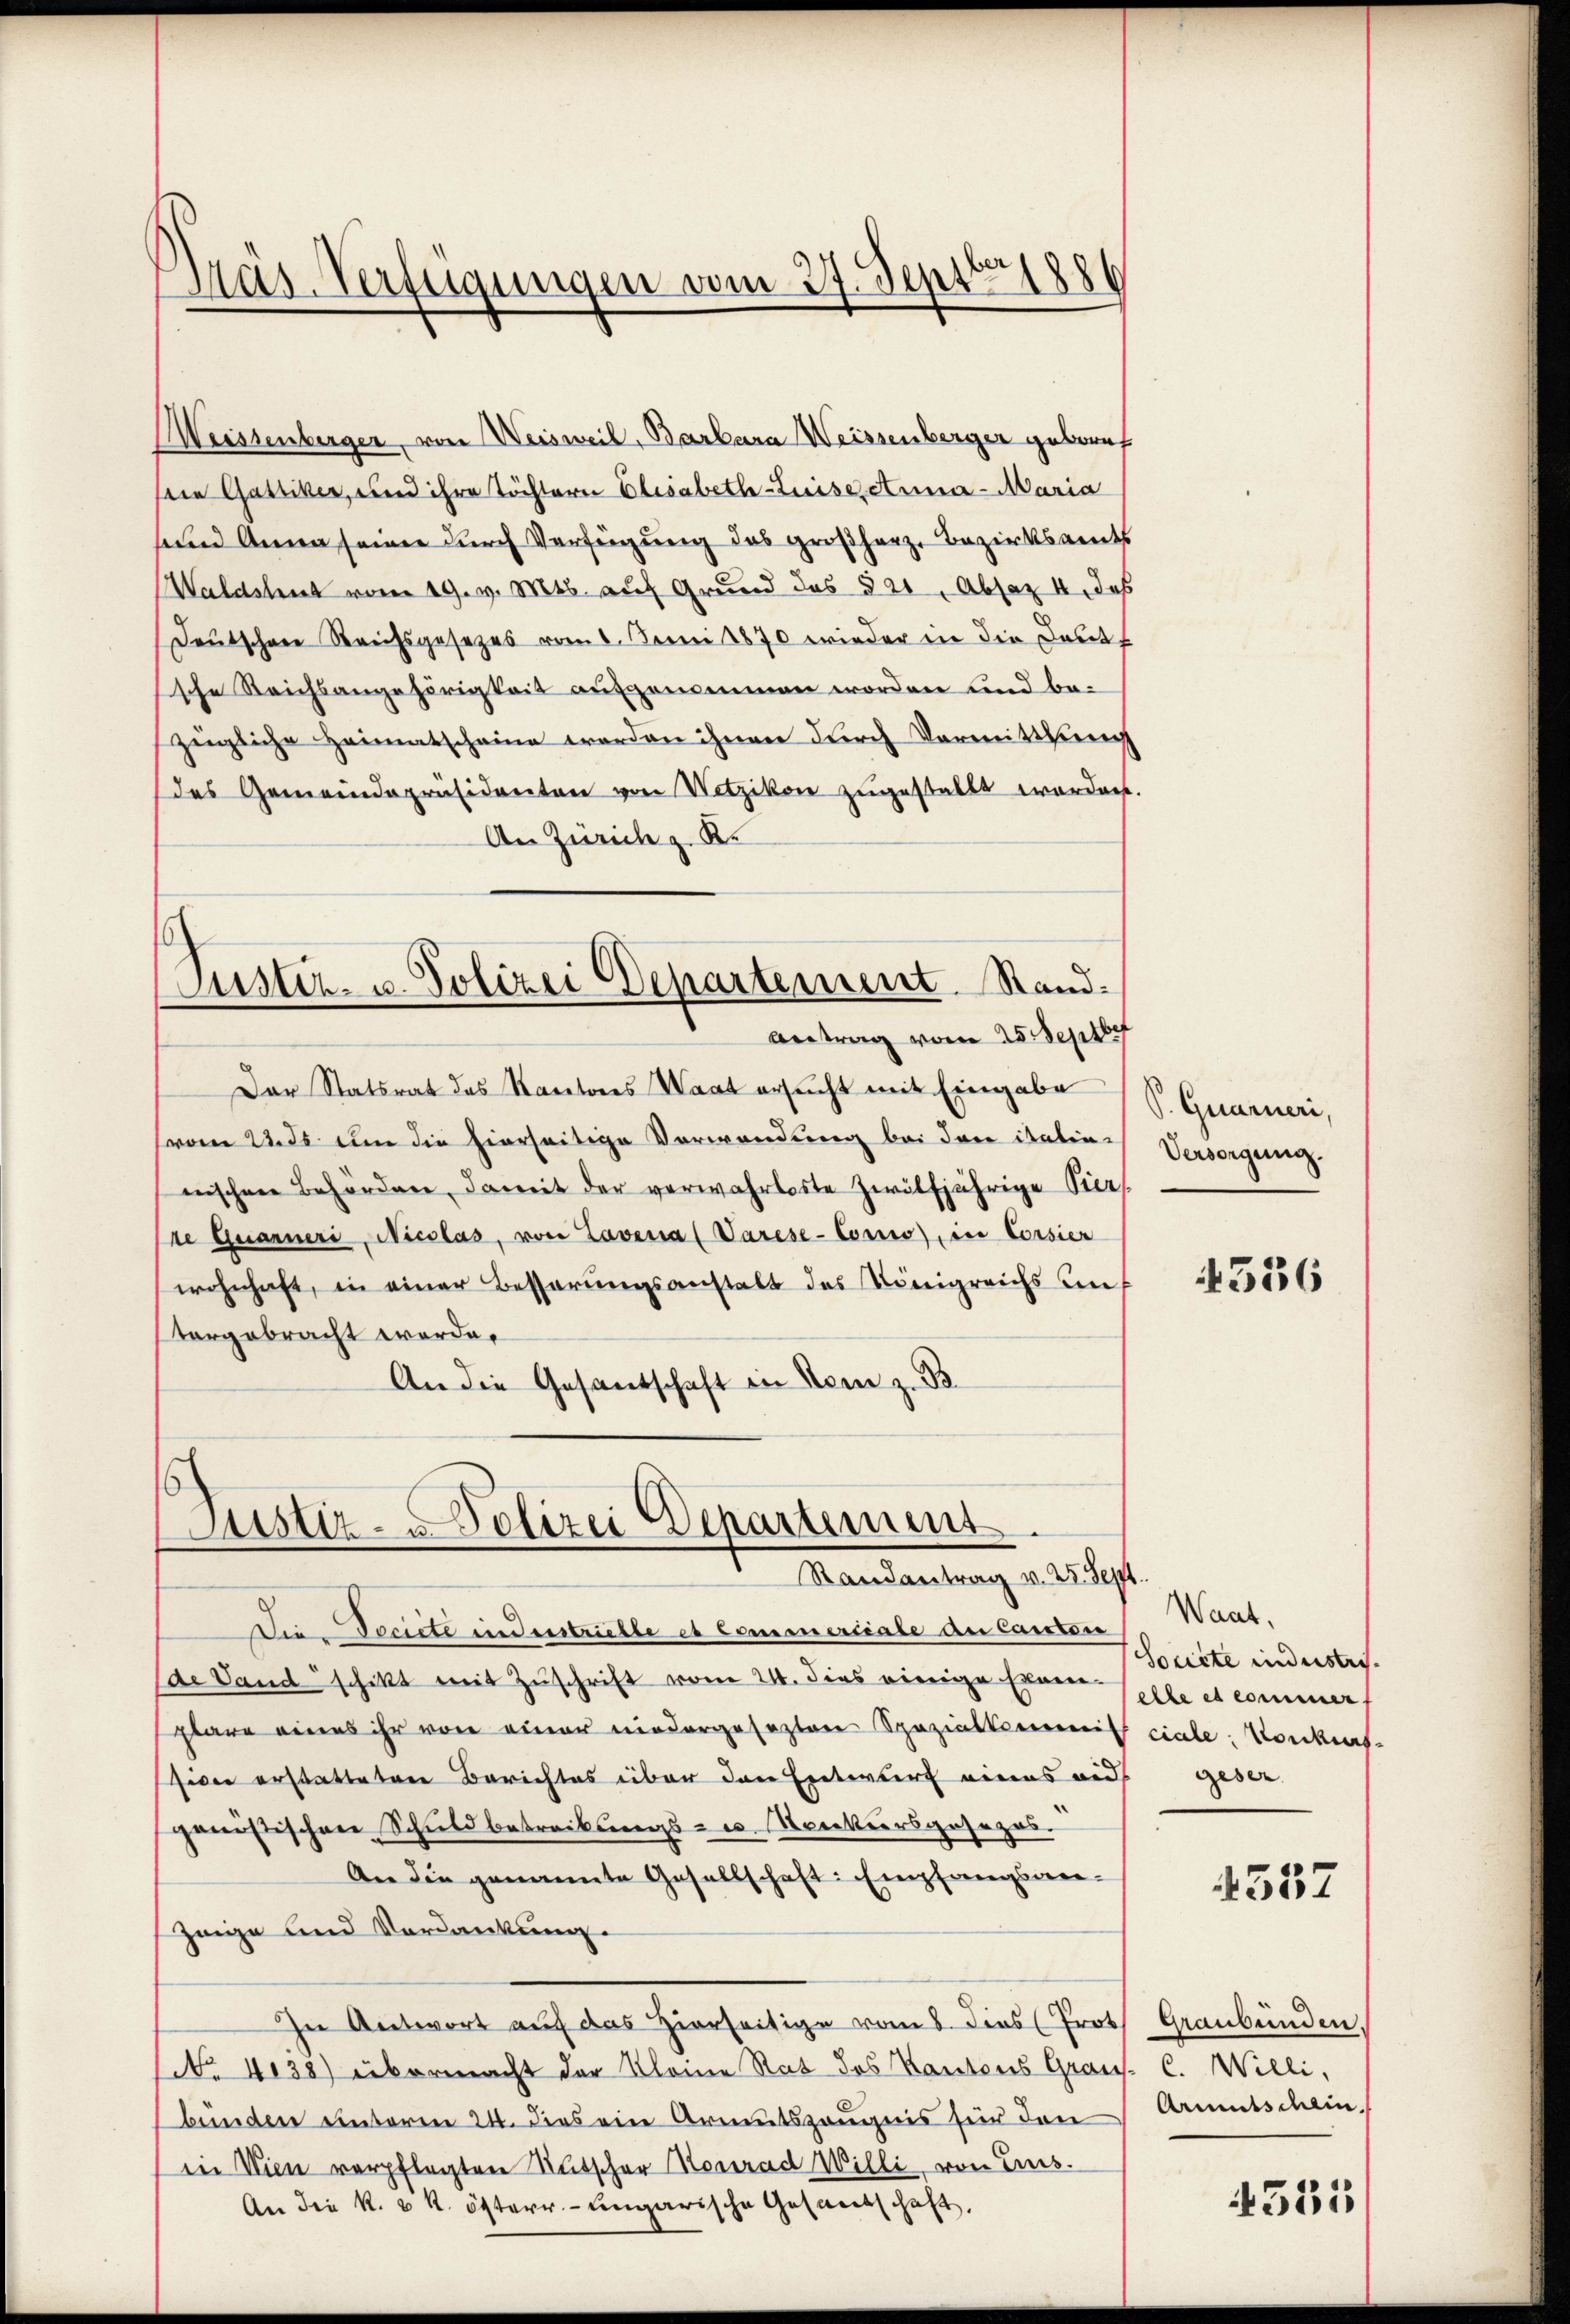
Präs. Verfügungen vom 27. Septbr 188

Weissenberger, von Weisweil, Barbara Weissenberger geboret
Die Gattiker, und ihre Töchtern Elisabeth-Luisescuna - Maria
sund Anna seiner durch Verfügung das großherz, Bezirksamts
Waldstrat vom 19. v. Mts. auf Grund das 321, Absaz I, das
Deutschen Reichsgesetzes vom 6. Juni 1870 wieder in die Delikt
sche Reichsangehörigkeit aufgenommen worden und bezügliche Heimatscheine werden ihnen durch Vermittlung
des Gemeindepräsidenten von Netzikon zugestellt worden.
An Zürich Kr
.
Justiz- u. Polizei Departement. Stand¬
Antrag vom 25. Septbr
Der Statsrat das Kantons Waat ersucht mit Eingabe
(vom 22. ds um die hierseitige Verwendung bei der italin-
nischen Behörden, damit der verwahrloste Zwölfjährige Pier
(re Quarneri, Nicolas, von Lavenia (Varese-Cono), in Corsier
wohnhaft, in einer Besserungsanstalt des Königreichs un
torgebracht werde.
An die Gesandschaft in dem z. B

Astiz - Polizei Departement
Randantrag v. 25. Sept.

De Societe und entrielle et commertiale an Canton
(de Land schikt mit Zuschrift vom 21. dies einige Examen solle et commer,
plare eines ihr von einer niedergesezten Spezialkommis ciale Konkurs
Ziver erstatteten Berichtes über den Entwurf eines auf geser
ganistischen Schuldbetreibungs- u. Konkursgesezes.
An die genannte Gesellschaft: Empfangsan¬
Zeige und Verdankung.
In Antwort auf das Hierseitige vom 8. dies (Proth Graubünden.
No 4138) übermacht der Kleine Rat des Kantons Graus. C. Willi,
bunden unterm 24. dies ein Armutszeugnis für den
in Wien verpflegten Rutscher Konrad Willi, von Eis.
An die k. k. österr. ungarische Gesandtschaft,

S. Quarneri,
Versorgung.

4556

Want.
Souite industri

4537

Armutschein.

4331